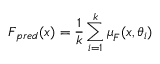
\boldsymbol { F } _ { p r e d } ( \boldsymbol { x } ) = \frac { 1 } { k } \sum _ { i = 1 } ^ { k } \boldsymbol { \mu } _ { \boldsymbol { F } } ( \boldsymbol { x } , \boldsymbol { \theta } _ { i } )